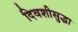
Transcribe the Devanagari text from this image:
दिवशीसुद्धा